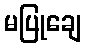
မပြုချေ